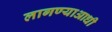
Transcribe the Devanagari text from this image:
लागण्याआधी